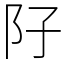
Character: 䦻